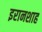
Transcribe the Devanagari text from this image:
इरानशाह